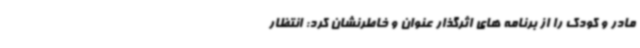
مادر و کودک را از برنامه های اثرگذار عنوان و خاطرنشان کرد: انتظار